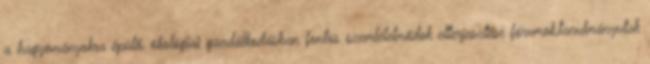
a hagyományokra épülő, ökológiai gazdálkodásban fontos szemléletmódok elterjesztése fórumok,tanulmányutak